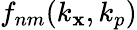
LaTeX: f_{nm}(k_{\mathbf{x}},k_{p})